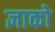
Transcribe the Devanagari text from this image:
ज्ञाको